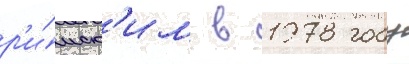
р'и́мск'им в 1978 году